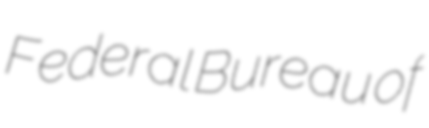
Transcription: Federal Bureau of